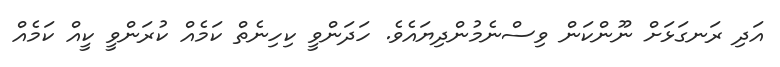
އަދި ރަނގަޅަށް ނޫންކަން ވިސްނެމުންދިޔައެވެ. ހަދަންވީ ކިހިނެތް ކަމެއް ކުރަންވީ ކީއް ކަމެއް